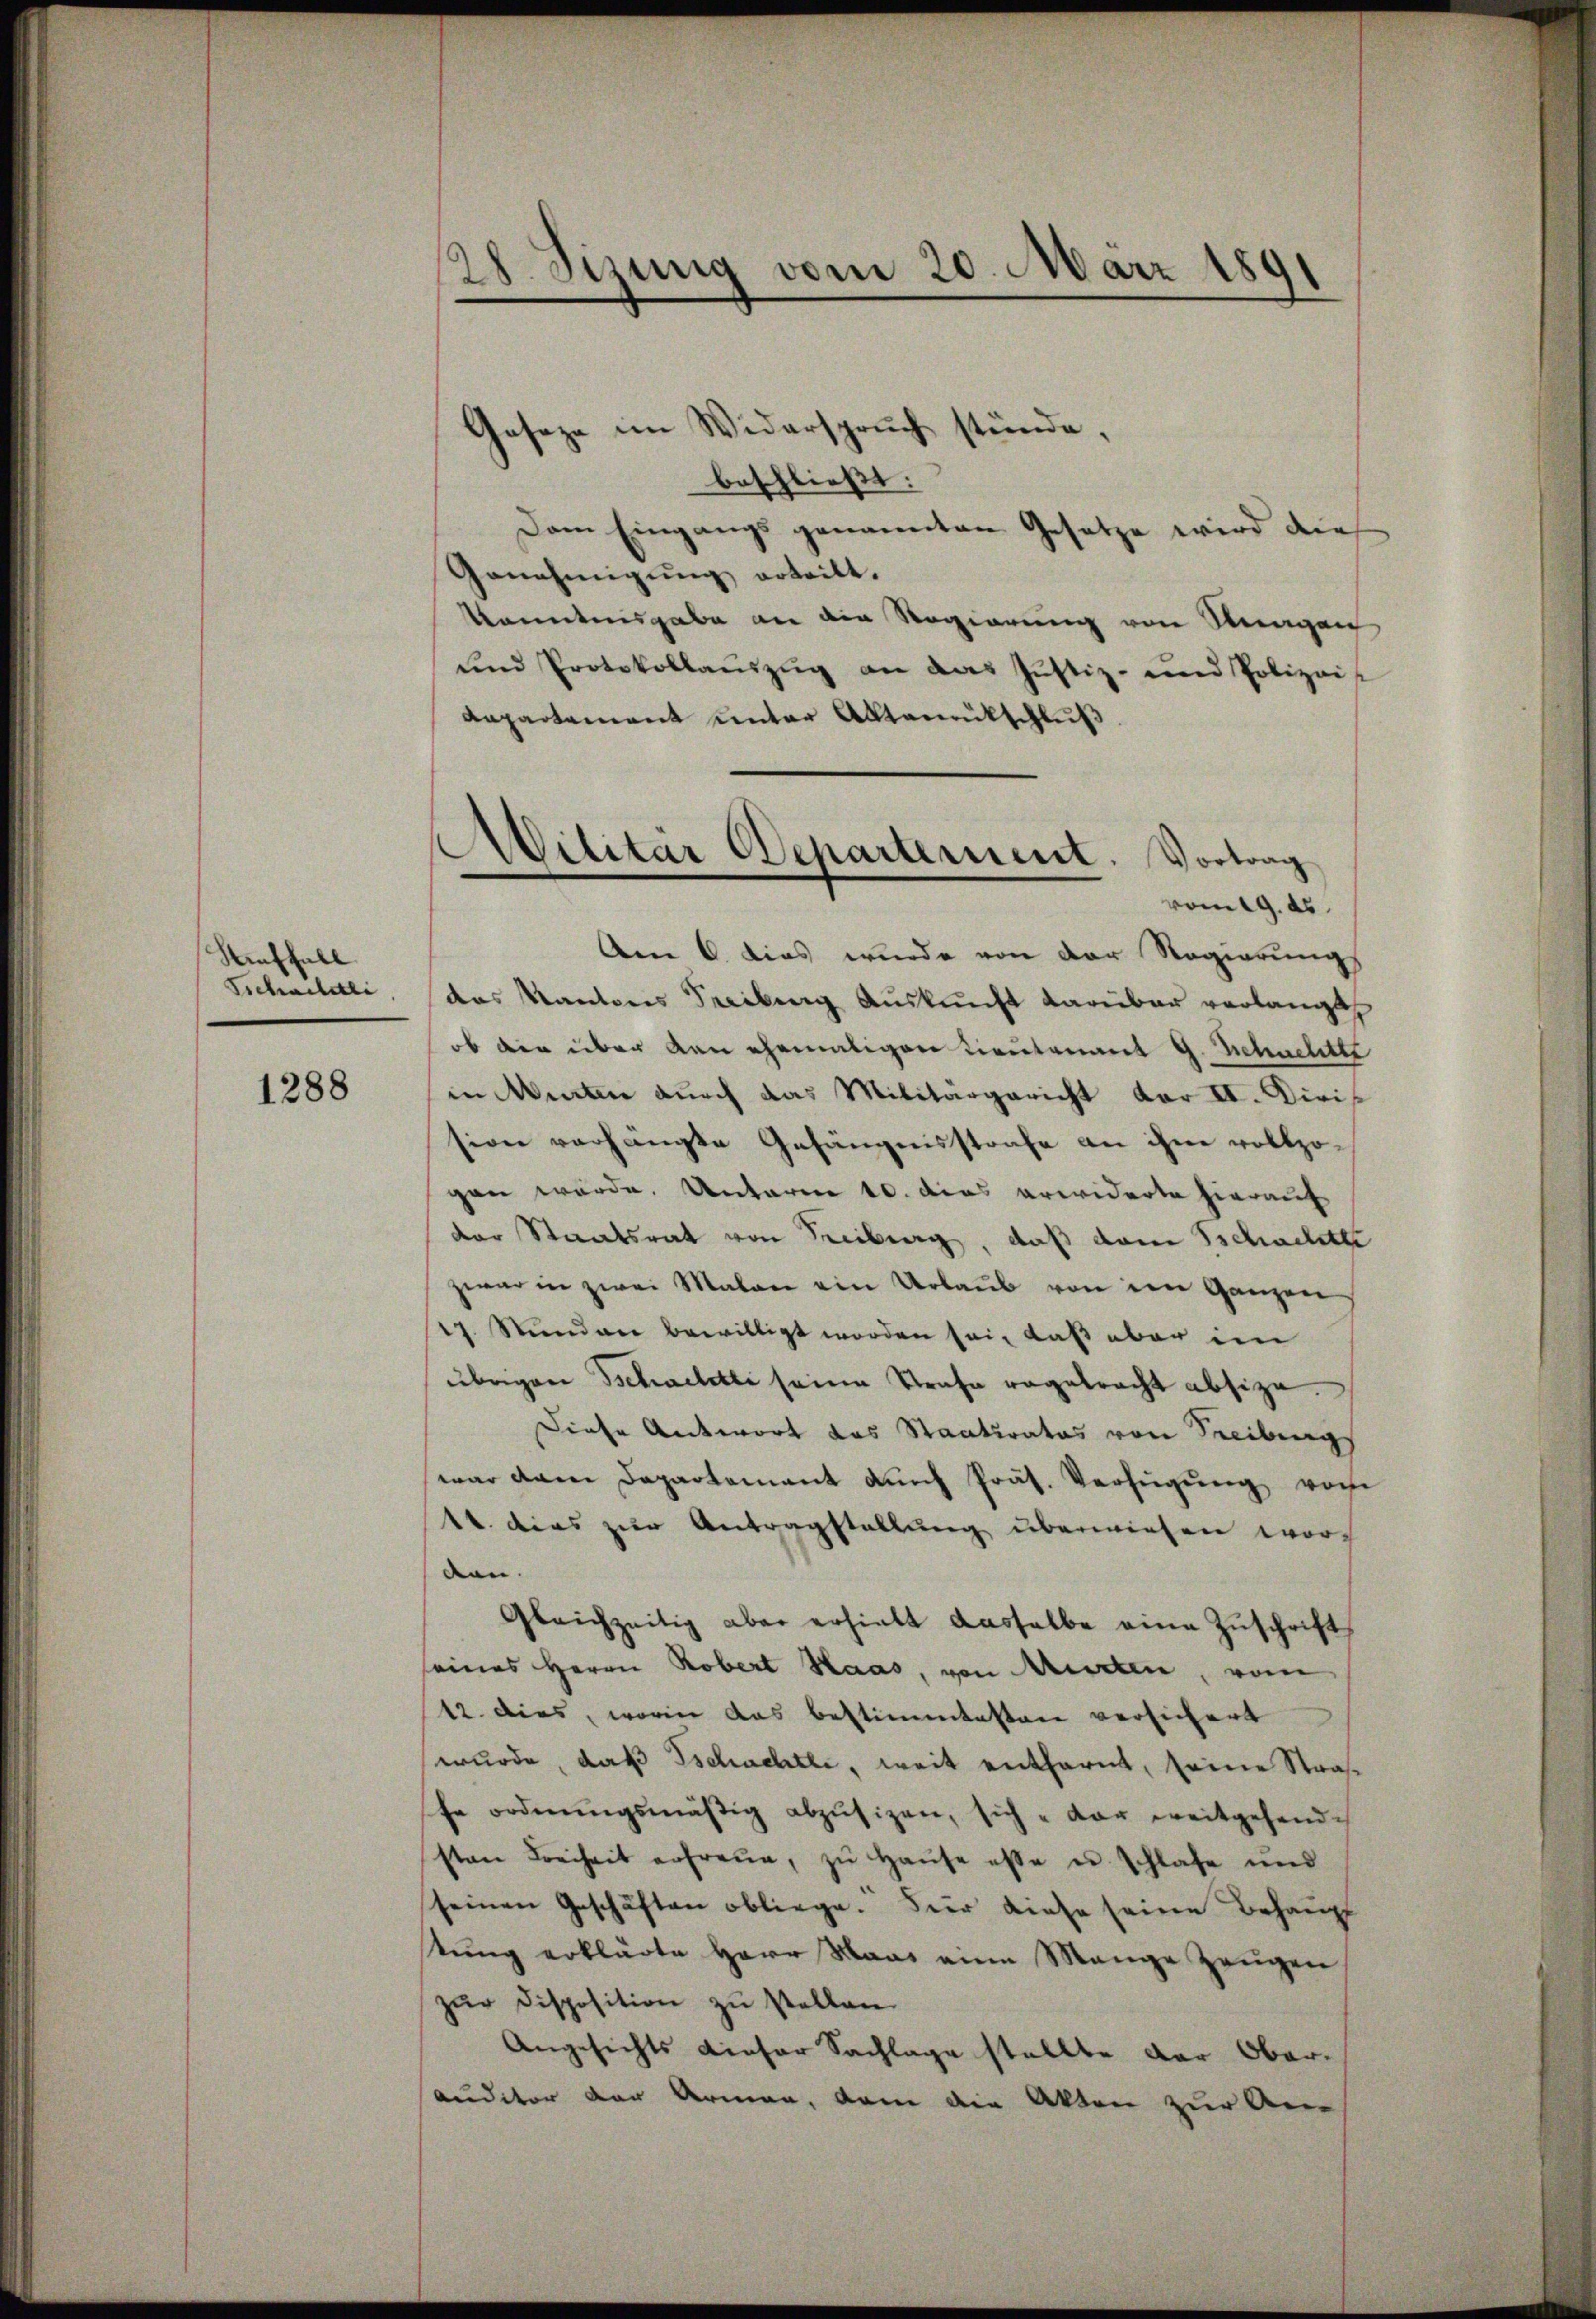
Riuffall
Sichaelitli

1288

28. Sizung vom 20. März 189

Geseze im Widerspruch stünde,
beschließt:
Dem Eingangs genannten Gesetze wird die
Genehmigŭng erteilt.
kanntnisgabe an die Regierung von Stangen
ŭnd Protokollaŭszŭg an das Justiz- und Polizeis
Aapartement unter Aktenrütschluß
Am 6. dies wurde von der Regierungs
das Kantons Freiburg Auskunft darüber verlangt
ob der über den ehemaligen Lieutenant G. Schnelitte
in Murten durch das Militärgericht vor II. Diris
sion verhängte Gefängnisstrafe an ihne vollzo-
gan würde. Unterm 10. dies erwiderte hierauf
der Staatsrat von Freiburg, daß dann Schachtte
zwar in zwei Malan ein Urlaub von ein Ganzen
17. Stunden bewilligt worden sei, daß aber im
übrigen Schachtli seine Strafe ragetracht absize.
Diese Antwort das Staatsrates von Freibungs
war dann Departement aŭch Präs. Verfügŭng vore
44. dies zur Antragstellung überwiesen worden.
Gleichzeitig aber erhielt dasselbe eine Zuschrift
seines Herrn Robert Haas, von Murten, vom
12. dies, worin das bestimmtesten versichert
wurde, daß Tschachtli, weit entfernt, seine Straß
te ordnŭngsmäβig abzŭsizen, sich dar weitgehend
sten Freiheit erfreue, zŭ Haŭse esse es schlafe und
seinen Geschäften obliege. Für diese seine Behaupt
tŭng erklärte Herr Maas eine Mange Zeŭgen
zŭr disposition zŭ stellen.
Angesichts dieser Sachlage stellte der Ober-
auditor der Armen, dem die Akten zur An-

Militär Departement. Vortrag
vom 19. ds.